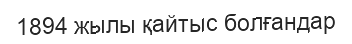
1894 жылы қайтыс болғандар